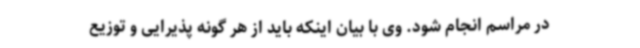
در مراسم انجام شود. وی با بیان اینکه باید از هر گونه پذیرایی و توزیع